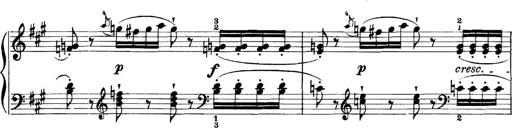
Title: 11 Sonatinas
Composer: Anton Diabelli